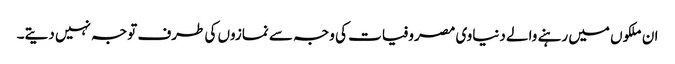
ان ملکوں میں رہنے والے دنیاوی مصروفیات کی وجہ سے نمازوں کی طرف توجہ نہیں دیتے۔